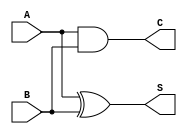
module current_mode_half_adder (
    input wire A,  // Input A (current signal represented as digital)
    input wire B,  // Input B (current signal represented as digital)
    output wire S, // Sum output (current signal represented as digital)
    output wire C  // Carry output (current signal represented as digital)
);

// Assignments for the half-adder functionality
assign S = A ^ B; // Sum output (A XOR B)
assign C = A & B; // Carry output (A AND B)

endmodule